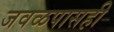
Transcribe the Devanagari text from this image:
जवळपासही